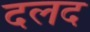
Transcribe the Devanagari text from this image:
दलद